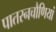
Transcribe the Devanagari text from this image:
पातरनचौणियां